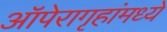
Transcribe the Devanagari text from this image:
ऑपेरागृहांमध्ये